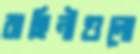
বাহিনীগুলো